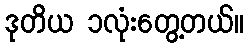
ဒုတိယ ၁လုံးတွေ့တယ်။